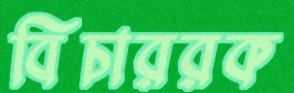
বিচাররক